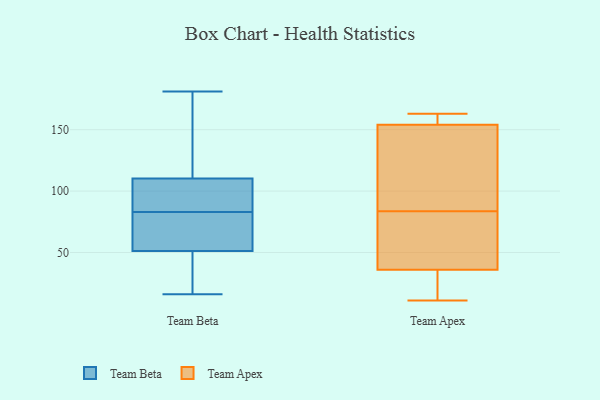
{"axis": {"x": "Market Share (%)", "y": "Value"}, "legend": ["Team Apex", "Team Beta"], "data": [{"x": "", "y": 108, "type": "Team Beta"}, {"x": "", "y": 68, "type": "Team Beta"}, {"x": "", "y": 164, "type": "Team Beta"}, {"x": "", "y": 149, "type": "Team Beta"}, {"x": "", "y": 83, "type": "Team Beta"}, {"x": "", "y": 49, "type": "Team Beta"}, {"x": "", "y": 95, "type": "Team Beta"}, {"x": "", "y": 128, "type": "Team Beta"}, {"x": "", "y": 80, "type": "Team Beta"}, {"x": "", "y": 33, "type": "Team Beta"}, {"x": "", "y": 95, "type": "Team Beta"}, {"x": "", "y": 16, "type": "Team Beta"}, {"x": "", "y": 58, "type": "Team Beta"}, {"x": "", "y": 76, "type": "Team Beta"}, {"x": "", "y": 106, "type": "Team Beta"}, {"x": "", "y": 34, "type": "Team Beta"}, {"x": "", "y": 111, "type": "Team Beta"}, {"x": "", "y": 181, "type": "Team Beta"}, {"x": "", "y": 46, "type": "Team Beta"}, {"x": "", "y": 154, "type": "Team Apex"}, {"x": "", "y": 100, "type": "Team Apex"}, {"x": "", "y": 63, "type": "Team Apex"}, {"x": "", "y": 25, "type": "Team Apex"}, {"x": "", "y": 117, "type": "Team Apex"}, {"x": "", "y": 36, "type": "Team Apex"}, {"x": "", "y": 63, "type": "Team Apex"}, {"x": "", "y": 115, "type": "Team Apex"}, {"x": "", "y": 67, "type": "Team Apex"}, {"x": "", "y": 159, "type": "Team Apex"}, {"x": "", "y": 11, "type": "Team Apex"}, {"x": "", "y": 156, "type": "Team Apex"}, {"x": "", "y": 66, "type": "Team Apex"}, {"x": "", "y": 28, "type": "Team Apex"}, {"x": "", "y": 163, "type": "Team Apex"}, {"x": "", "y": 143, "type": "Team Apex"}, {"x": "", "y": 29, "type": "Team Apex"}, {"x": "", "y": 154, "type": "Team Apex"}]}